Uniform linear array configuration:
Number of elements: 32
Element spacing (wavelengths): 0.25
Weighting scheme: blackman
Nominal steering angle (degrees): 60
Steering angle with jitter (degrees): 60.923
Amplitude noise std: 0.05
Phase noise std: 0.05

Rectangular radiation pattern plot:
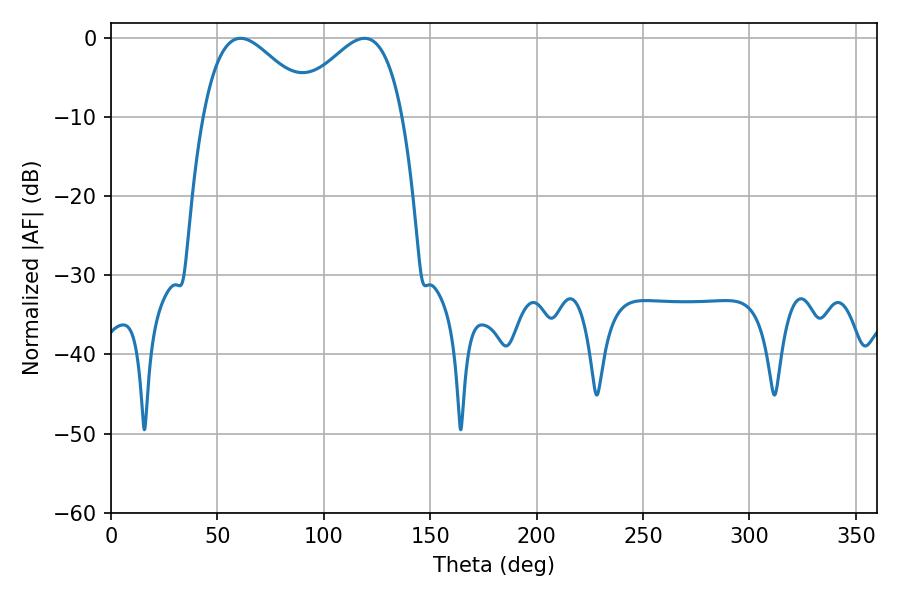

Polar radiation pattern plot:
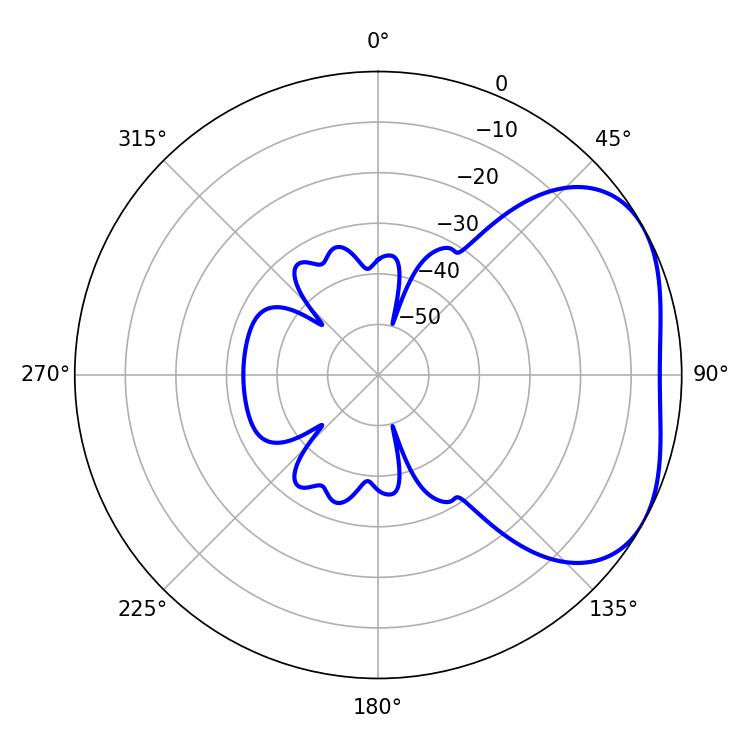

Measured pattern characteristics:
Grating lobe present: FALSE
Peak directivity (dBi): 3.409
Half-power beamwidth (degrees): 28.08
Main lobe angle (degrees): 60.84